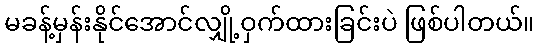
မခန့်မှန်းနိုင်အောင်လျှို့ဝှက်ထားခြင်းပဲ ဖြစ်ပါတယ်။